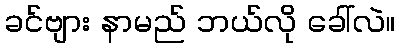
ခင်ဗျား နာမည် ဘယ်လို ခေါ်လဲ။